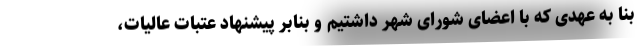
بنا به عهدی که با اعضای شورای شهر داشتیم و بنابر پیشنهاد عتبات عالیات،